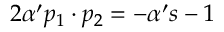
2 \alpha ^ { \prime } p _ { 1 } \cdot p _ { 2 } = - \alpha ^ { \prime } s - 1